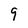
Character: 9